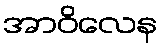
အာဝိလေန